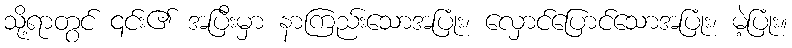
သို့ရာတွင် ၎င်း၏ အပြီးမှာ နာကြည်းသောအပြုံး၊ လှောင်ပြောင်သောအပြုံး၊ မဲ့ပြုံး။